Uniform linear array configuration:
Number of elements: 64
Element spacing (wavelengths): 1
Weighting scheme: blackman
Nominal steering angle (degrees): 45
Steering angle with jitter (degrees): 45.525
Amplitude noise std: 0.05
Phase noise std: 0.05

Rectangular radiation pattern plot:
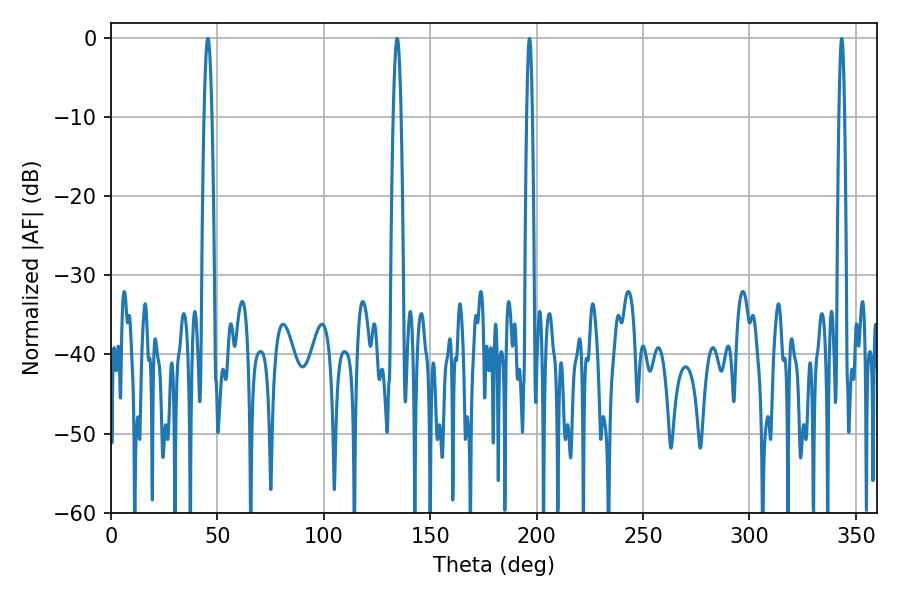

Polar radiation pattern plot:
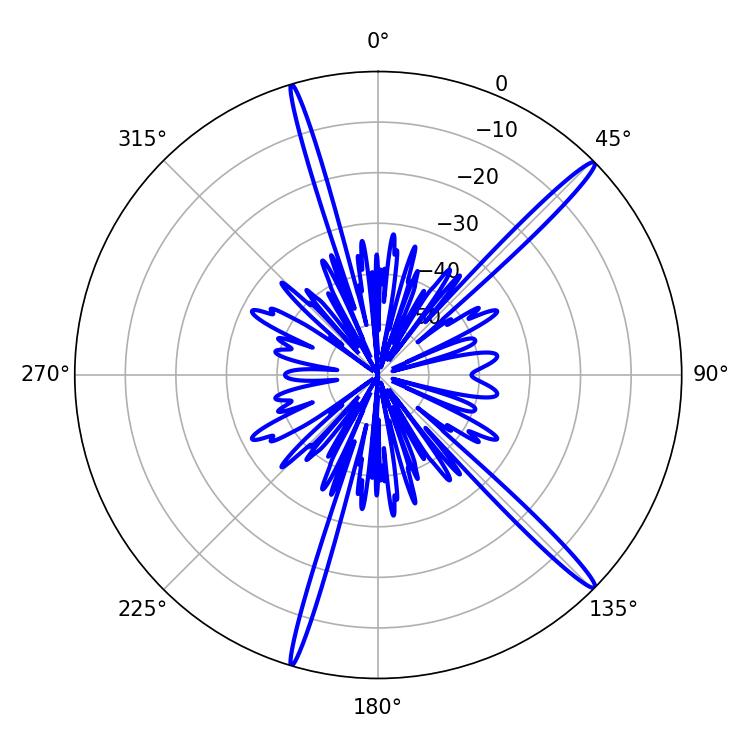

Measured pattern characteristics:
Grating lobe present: TRUE
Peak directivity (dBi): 17.063
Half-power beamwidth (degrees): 1.8
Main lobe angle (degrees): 45.54